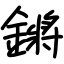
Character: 鏘